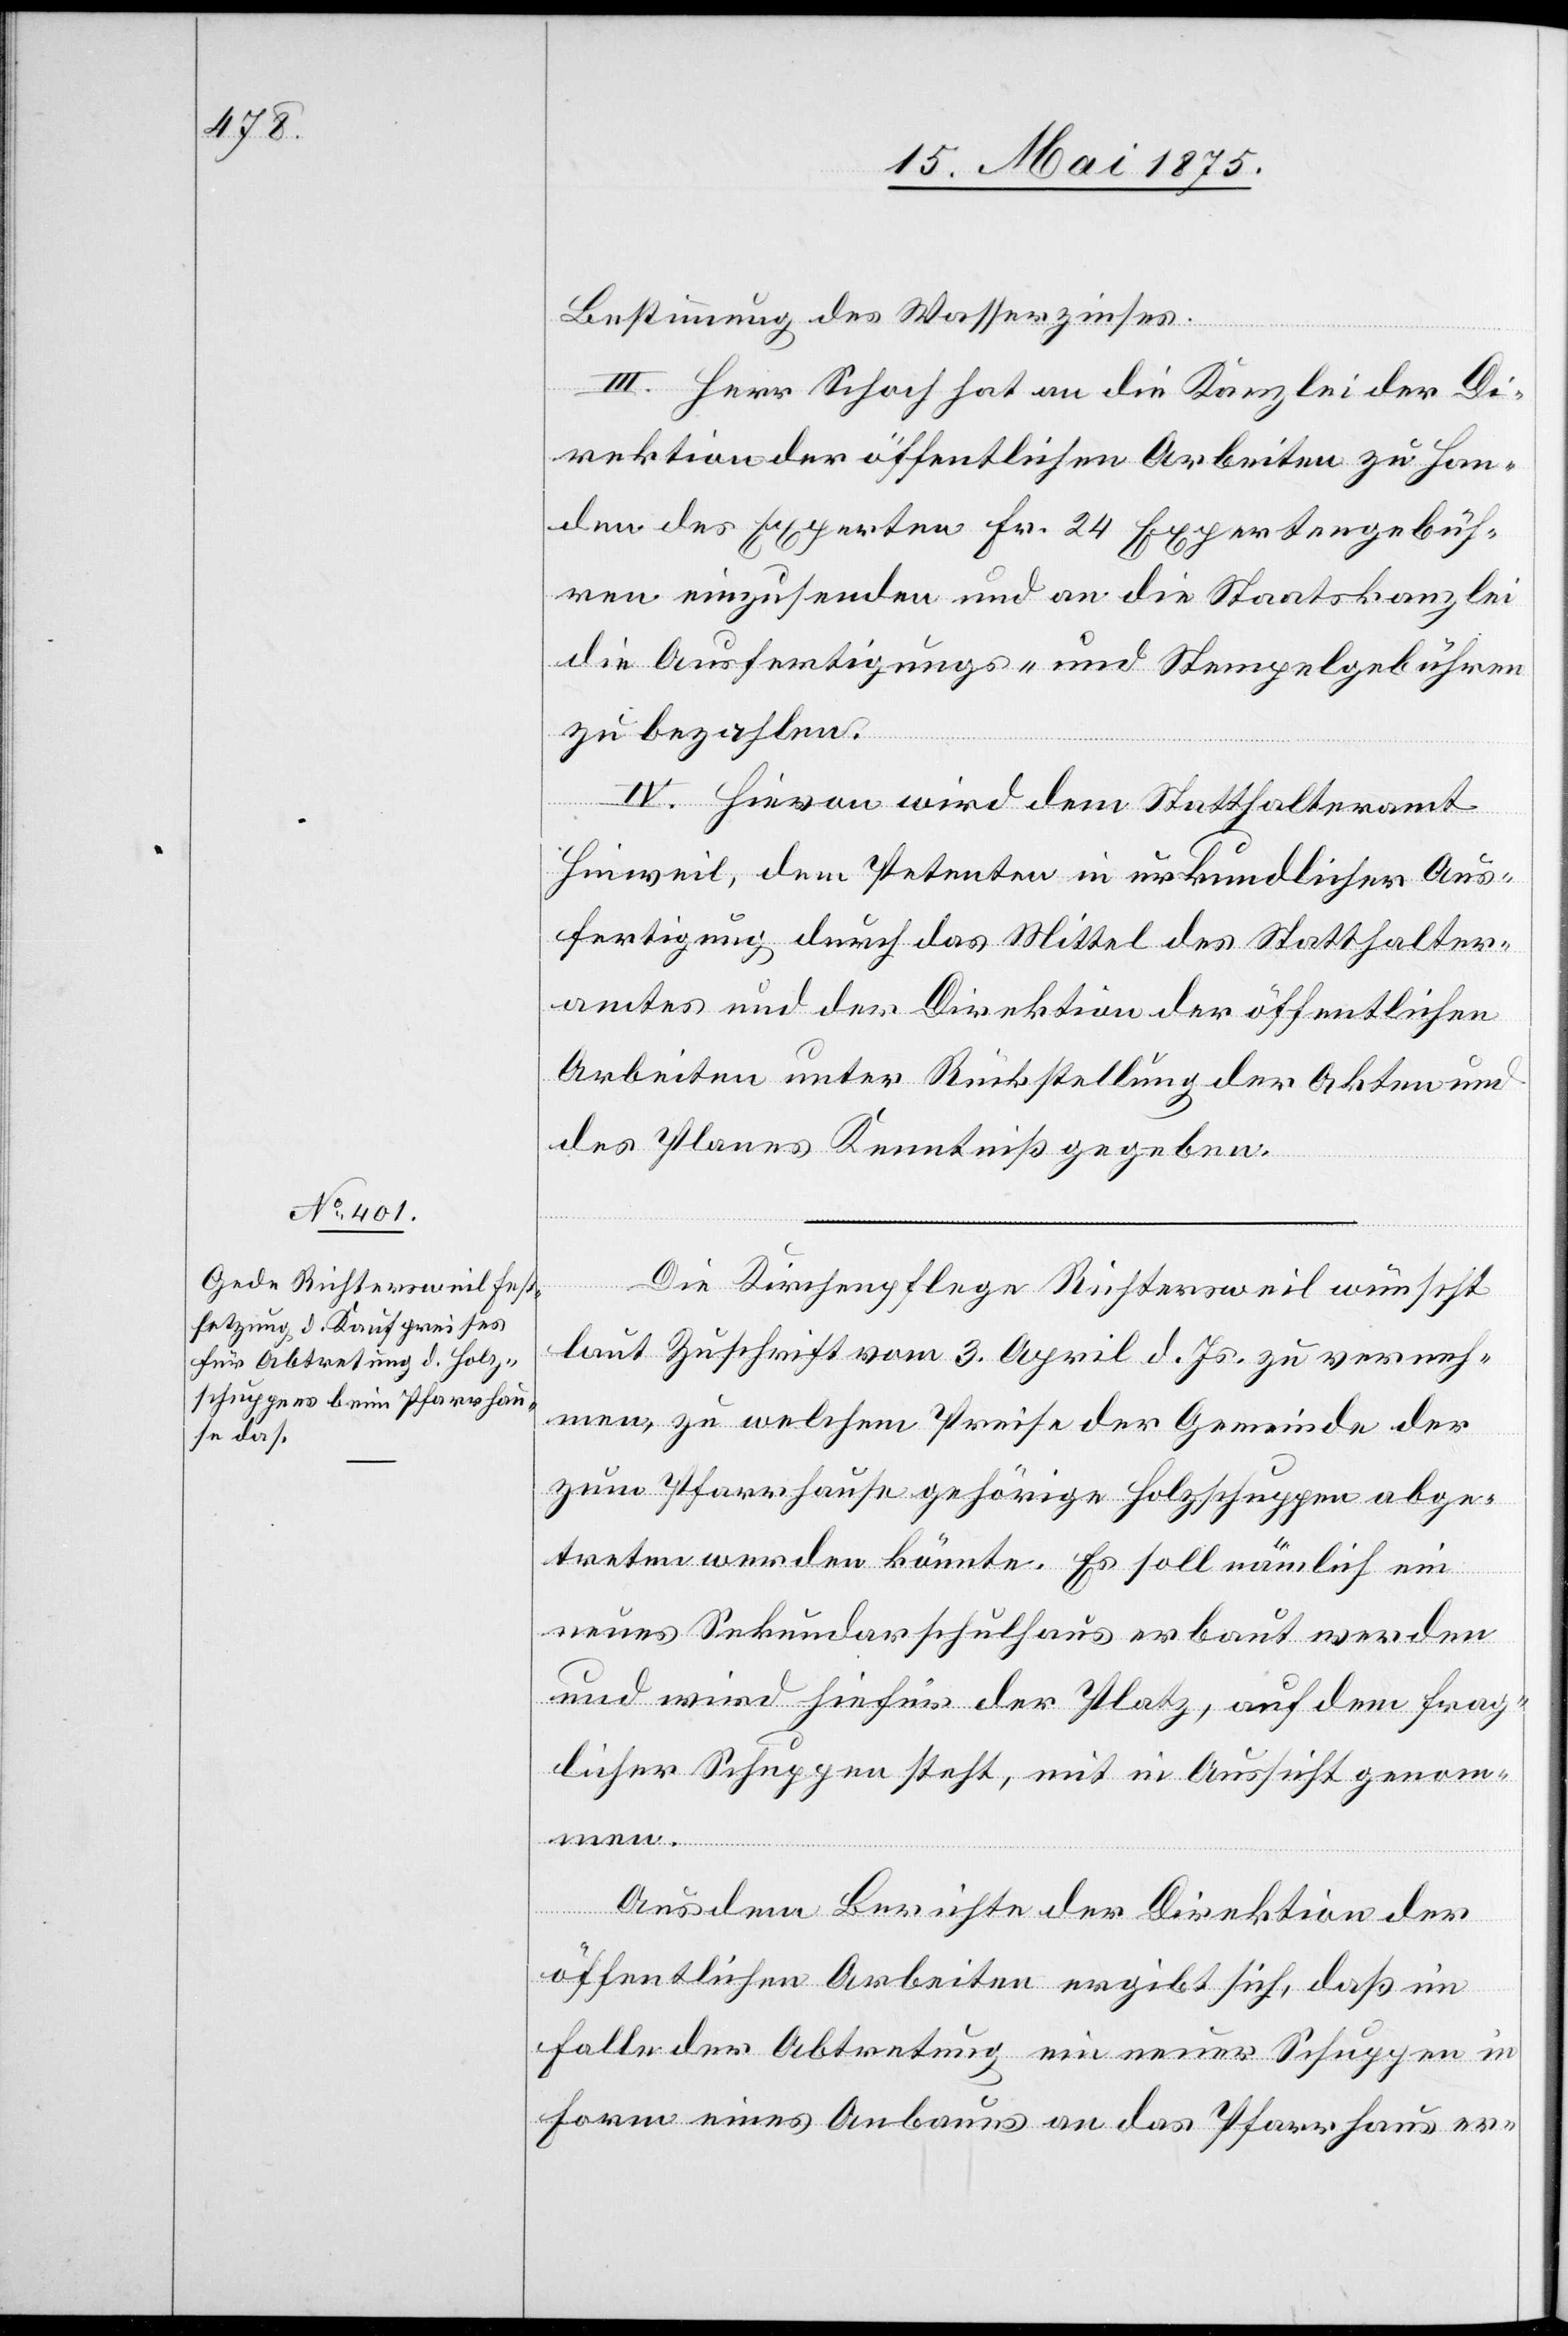
Bestimmung des Wasserzinses.
II. Herr Schoch hat an die Kanzlei der Di¬
rektion der öffentlichen Arbeiten zu Han¬
den der Experten Fr. 24 Expertengebüh¬
ren einzusenden und an die Staatskanzlei
die Ausfertigungs- und Stempelgebühren
zu bezahlen.
IV. Hievon wird dem Statthalteramt
Hinweil, den Petenten in urkundlicher Aus¬
fertigung durch das Mittel des Statthalter¬
amtes und der Direktion der öffentlichen
Arbeiten unter Rückstellung der Akten und
des Planes Kenntniß gegeben.
Die Kirchenpflege Richtersweil wünscht
laut Zuschrift vom 3. April d. Js. zu verneh¬
men, zu welchem Preise der Gemeinde der
zum Pfarrhause gehörige Holzschuppen abge¬
treten werden könnte. Es soll nämlich ein
neues Sekundarschulhaus erbaut werden
und wird hiefür der Platz, auf dem frag¬
licher Schuppen steht, mit in Aussicht genom¬
men.
Aus dem Berichte der Direktion der
öffentlichen Arbeiten ergibt sich, daß im
Falle der Abtretung ein neuer Schuppen in
Form eines Anbaus an das Pfarrhaus er-